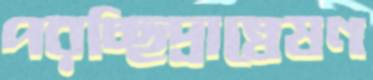
পরচ্ছিদ্রান্বেষণ